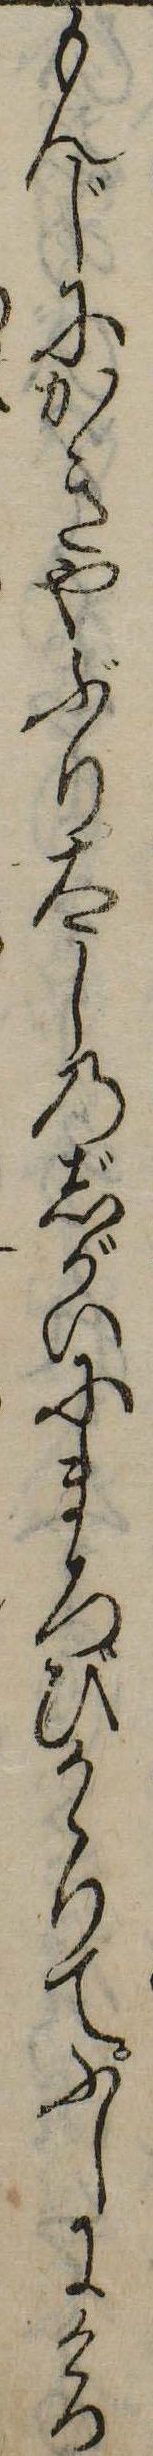
もんじにかきやぶり太しのじがいにまろびかゝりてふしにけり